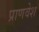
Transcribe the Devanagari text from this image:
प्राणवेश